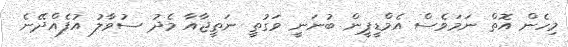
މިހެން އޮތް ނަމަވެސް އެމްޑީޕީން ބުނަނީ ވަގުތީ ނަތީޖާއާ މެދު ސުވާލު އުފެއްދޭނެ